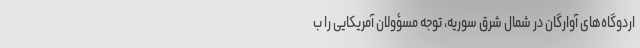
اردوگاه‌های آوارگان در شمال شرق سوریه، توجه مسؤولان آمریکایی را ب